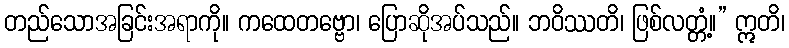
တည်သောအခြင်းအရာကို။ ကထေတဗ္ဗော၊ ပြောဆိုအပ်သည်။ ဘဝိဿတိ၊ ဖြစ်လတ္တံ့။” ဣတိ၊